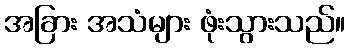
အခြား အသံများ ဖုံးသွားသည်။